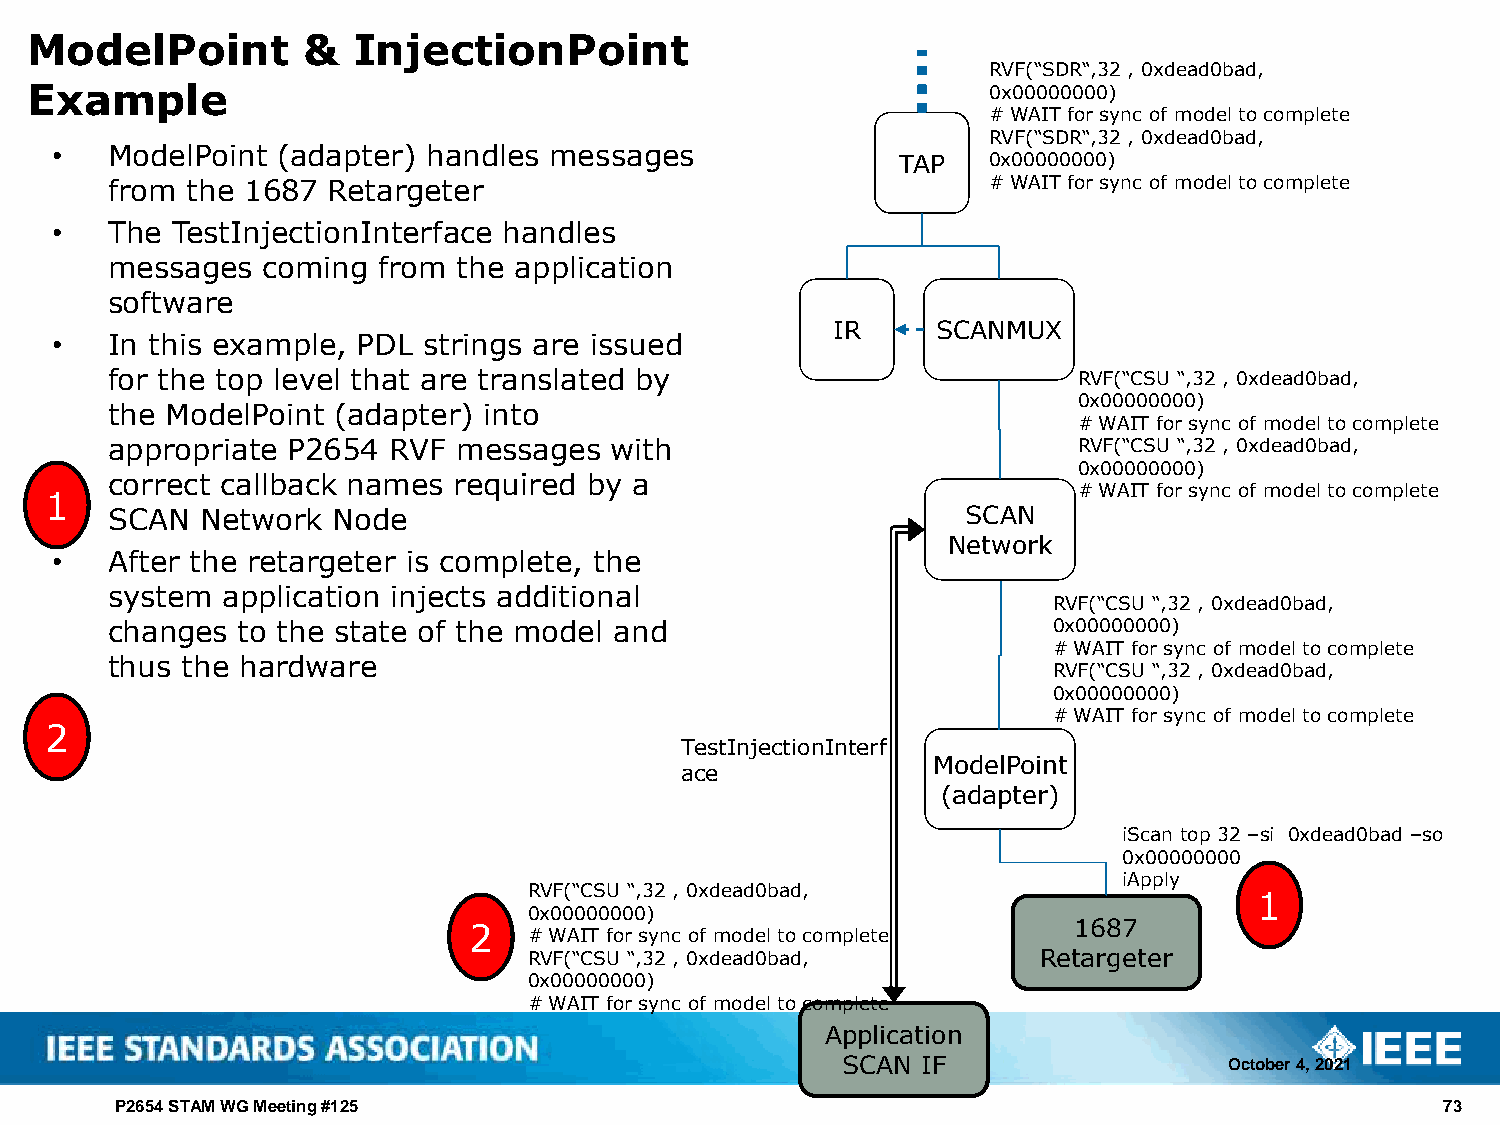
ModelPoint        &  InjectionPoint
 RVF(“SDR“,32 , 0xdead0bad,
 Example                                                        0x00000000)
 # WAIT for sync of model to complete
 RVF(“SDR“,32 , 0xdead0bad,
 •   ModelPoint (adapter) handles messages
 TAP  0x00000000)
 from the 1687  Retargeter                                 # WAIT for sync of model to complete
 •   The TestInjectionInterface handles
 messages  coming  from the application
 software
 IR     SCANMUX
 •   In this example, PDL strings are issued
 for the top level that are translated by                        RVF(“CSU “,32 , 0xdead0bad,
 0x00000000)
 the ModelPoint (adapter) into
 # WAIT for sync of model to complete
 appropriate P2654  RVF messages  with                           RVF(“CSU “,32 , 0xdead0bad,
 0x00000000)
 correct callback names required by a
 # WAIT for sync of model to complete
 1
 SCAN  Network  Node                                      SCAN
 Network
 •   After the retargeter is complete, the
 system  application injects additional
 RVF(“CSU “,32 , 0xdead0bad,
 changes  to the state of the model and                         0x00000000)
 # WAIT for sync of model to complete
 thus the hardware
 RVF(“CSU “,32 , 0xdead0bad,
 0x00000000)
 # WAIT for sync of model to complete
 2
 TestInjectionInterf
 ModelPoint
 ace
 (adapter)
 iScan top 32 –si 0xdead0bad –so
 0x00000000
 iApply
 RVF(“CSU “,32 , 0xdead0bad,
 1
 0x00000000)
 2   # WAIT for sync of model to complete 1687
 RVF(“CSU “,32 , 0xdead0bad,       Retargeter
 0x00000000)
 # WAIT for sync of model to complete
 Application
 SCAN IF                  October 4, 2021
 P2654 STAM WG Meeting #125                                                              73